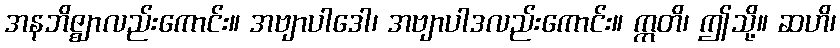
အနဘိဇ္ဈာလည်းကောင်း။ အဗျာပါဒေါ၊ အဗျာပါဒလည်းကောင်း။ ဣတိ၊ ဤသို့။ ဆဟိ၊